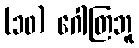
(၁၀) ဂေါတြဘူ